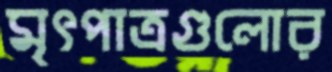
মৃৎপাত্রগুলোর